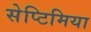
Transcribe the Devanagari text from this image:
सेप्टिमिया